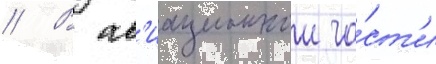
// В ав'иационнои ча́ст'и